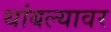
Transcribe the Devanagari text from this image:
थांबल्यावर